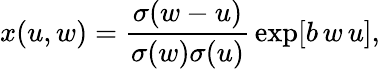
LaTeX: x(u,w)={\frac{\sigma(w-u)}{\sigma(w)\sigma(u)}}\exp[b\, w\, u],